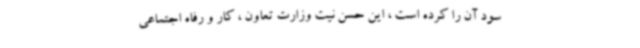
سود آن را کرده است ، این حسن نیت وزارت تعاون ، کار و رفاه اجتماعی